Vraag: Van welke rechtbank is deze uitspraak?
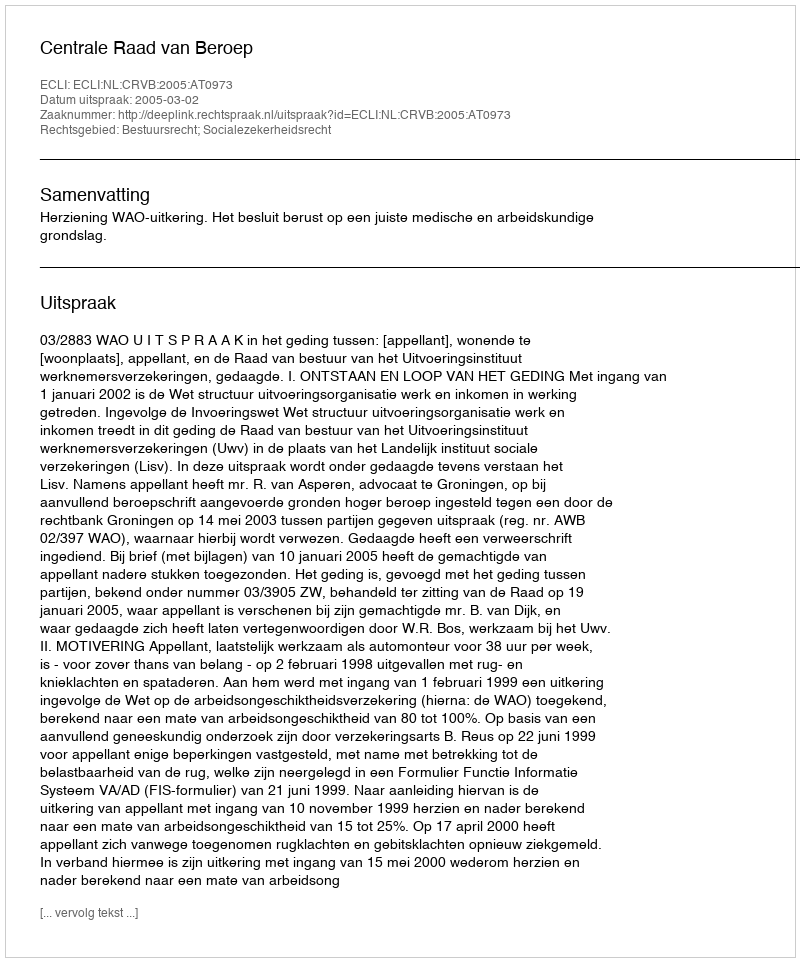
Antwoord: Centrale Raad van Beroep